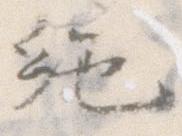
絶